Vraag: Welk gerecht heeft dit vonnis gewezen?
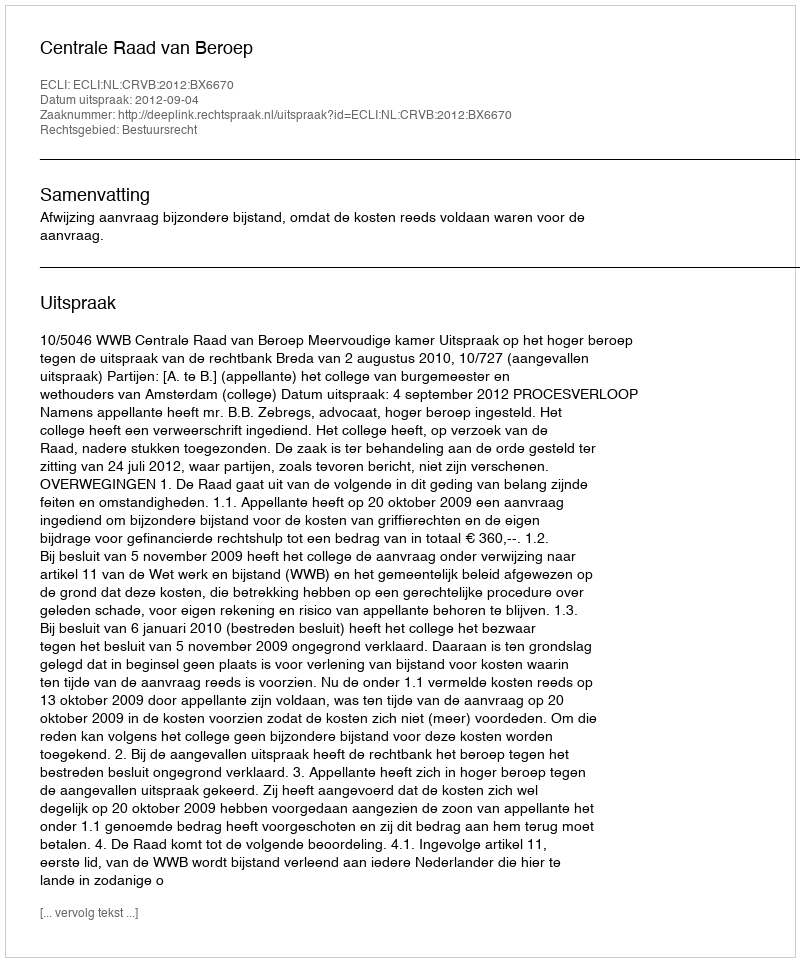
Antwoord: Centrale Raad van Beroep